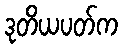
ဒုတိယပတ်က